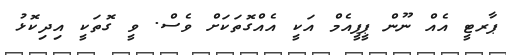
ޕާރޓީ އެއް ނޫން ޕީޕީއެމް އަކީ އެއްގޮތަކަށް ވެސް. ވީ ގޮތަކީ އިދިކޮޅު